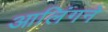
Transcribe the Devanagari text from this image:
आलिंगने